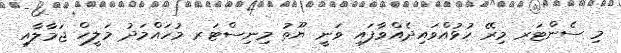
މި ސެންޓަރ މިރޭ ހުޅުއްވައިދެއްވާފައި ވަނީ ޔޫތު މިނިސްޓަރ މުހައްމަދު މަލީހް ޖަމާލާއި